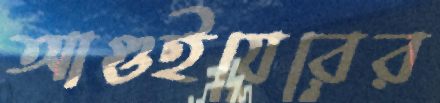
আগুইয়েরের